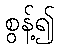
စွန့်၍